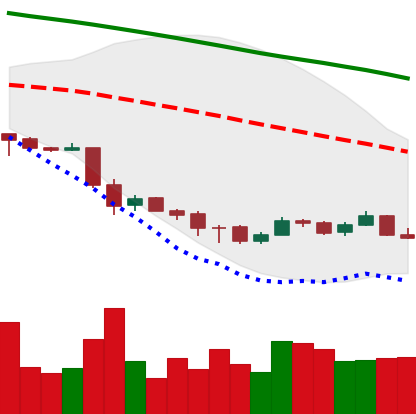
Ticker: ETC-USD
Chart end date: 2018-12-04
Forward return: -9.387%
Label: down_7plus